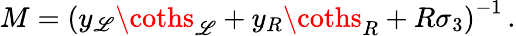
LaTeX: M=\left(y_{\mathscr{L}}\coths_{\mathscr{L}}+y_{R}\coths_{R}+R\sigma_{3}\right)^{-1}\, .